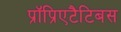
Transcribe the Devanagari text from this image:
प्रॉप्रिएटैटिबस